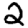
Digit: 2